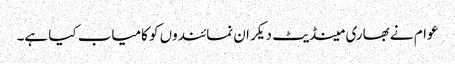
عوام نے بھاری مینڈیٹ دیکر ان نمائندوں کو کامیاب کیا ہے۔